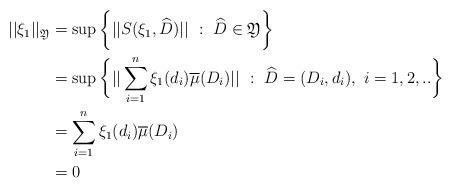
LaTeX: \begin{align*} ||\xi_1||_{\mathfrak{Y}} &= \sup \bigg\{||S(\xi_1, \widehat{D})||~:~\widehat{D} \in \mathfrak{Y} \bigg\} \\& =\sup \bigg\{||\sum_{i=1}^{n}\xi_1(d_i)\overline{\mu}(D_i)||~:~\widehat{D}=(D_i, d_i),~i=1,2,..\bigg\}\\& = \sum_{i=1}^{n}\xi_1(d_i)\overline{\mu}(D_i) \\& =0 \end{align*}